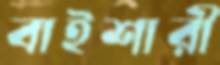
বাইশারী